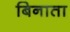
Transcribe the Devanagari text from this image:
बिनाता